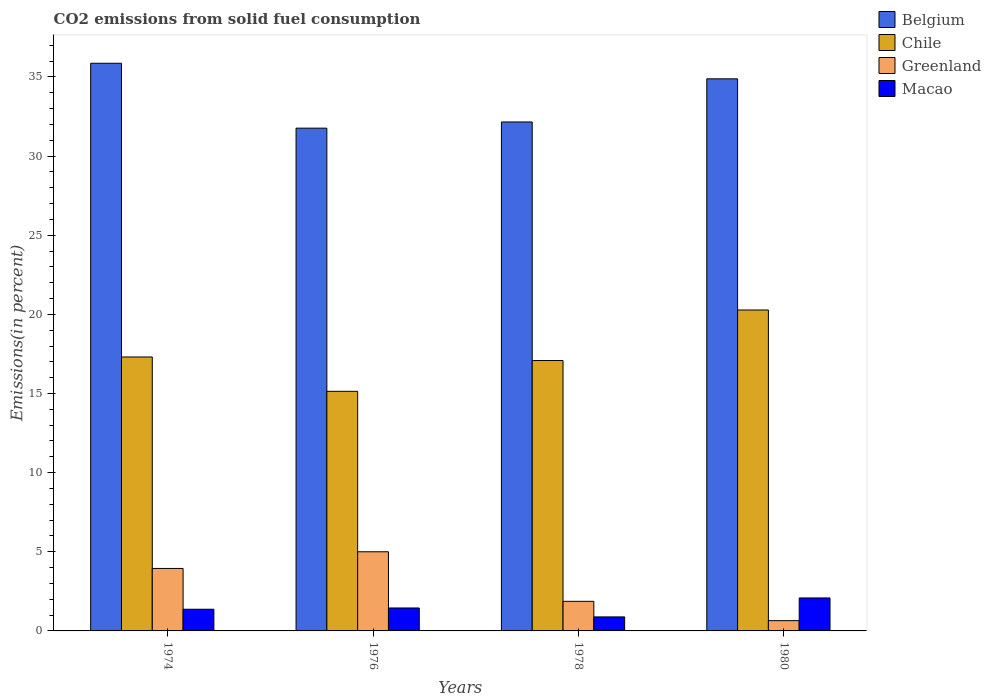
| Years | Belgium | Chile | Greenland | Macao |
 | --- | --- | --- | --- | --- |
 | 1974 | 35.9 | 17.3 | 3.95 | 1.37 |
 | 1976 | 31.8 | 15.1 | 5 | 1.45 |
 | 1978 | 32.2 | 17.1 | 1.87 | 0.885 |
 | 1980 | 34.9 | 20.3 | 0.649 | 2.08 |